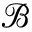
\mathcal { B }